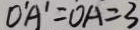
D ^ { \prime } A ^ { \prime } = O A = 3